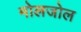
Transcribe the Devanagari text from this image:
मोलजोल